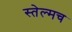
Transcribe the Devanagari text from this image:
स्तेल्मच